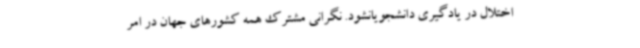
اختلال در یادگیری دانشجویانشود. نگرانی مشترک همه کشورهای جهان در امر